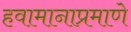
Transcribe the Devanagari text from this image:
हवामानाप्रमाणे